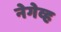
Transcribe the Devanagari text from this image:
नेगेव्ह